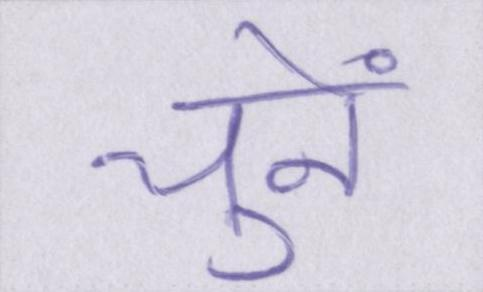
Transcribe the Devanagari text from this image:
चुनें